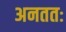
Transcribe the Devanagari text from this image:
अनततः